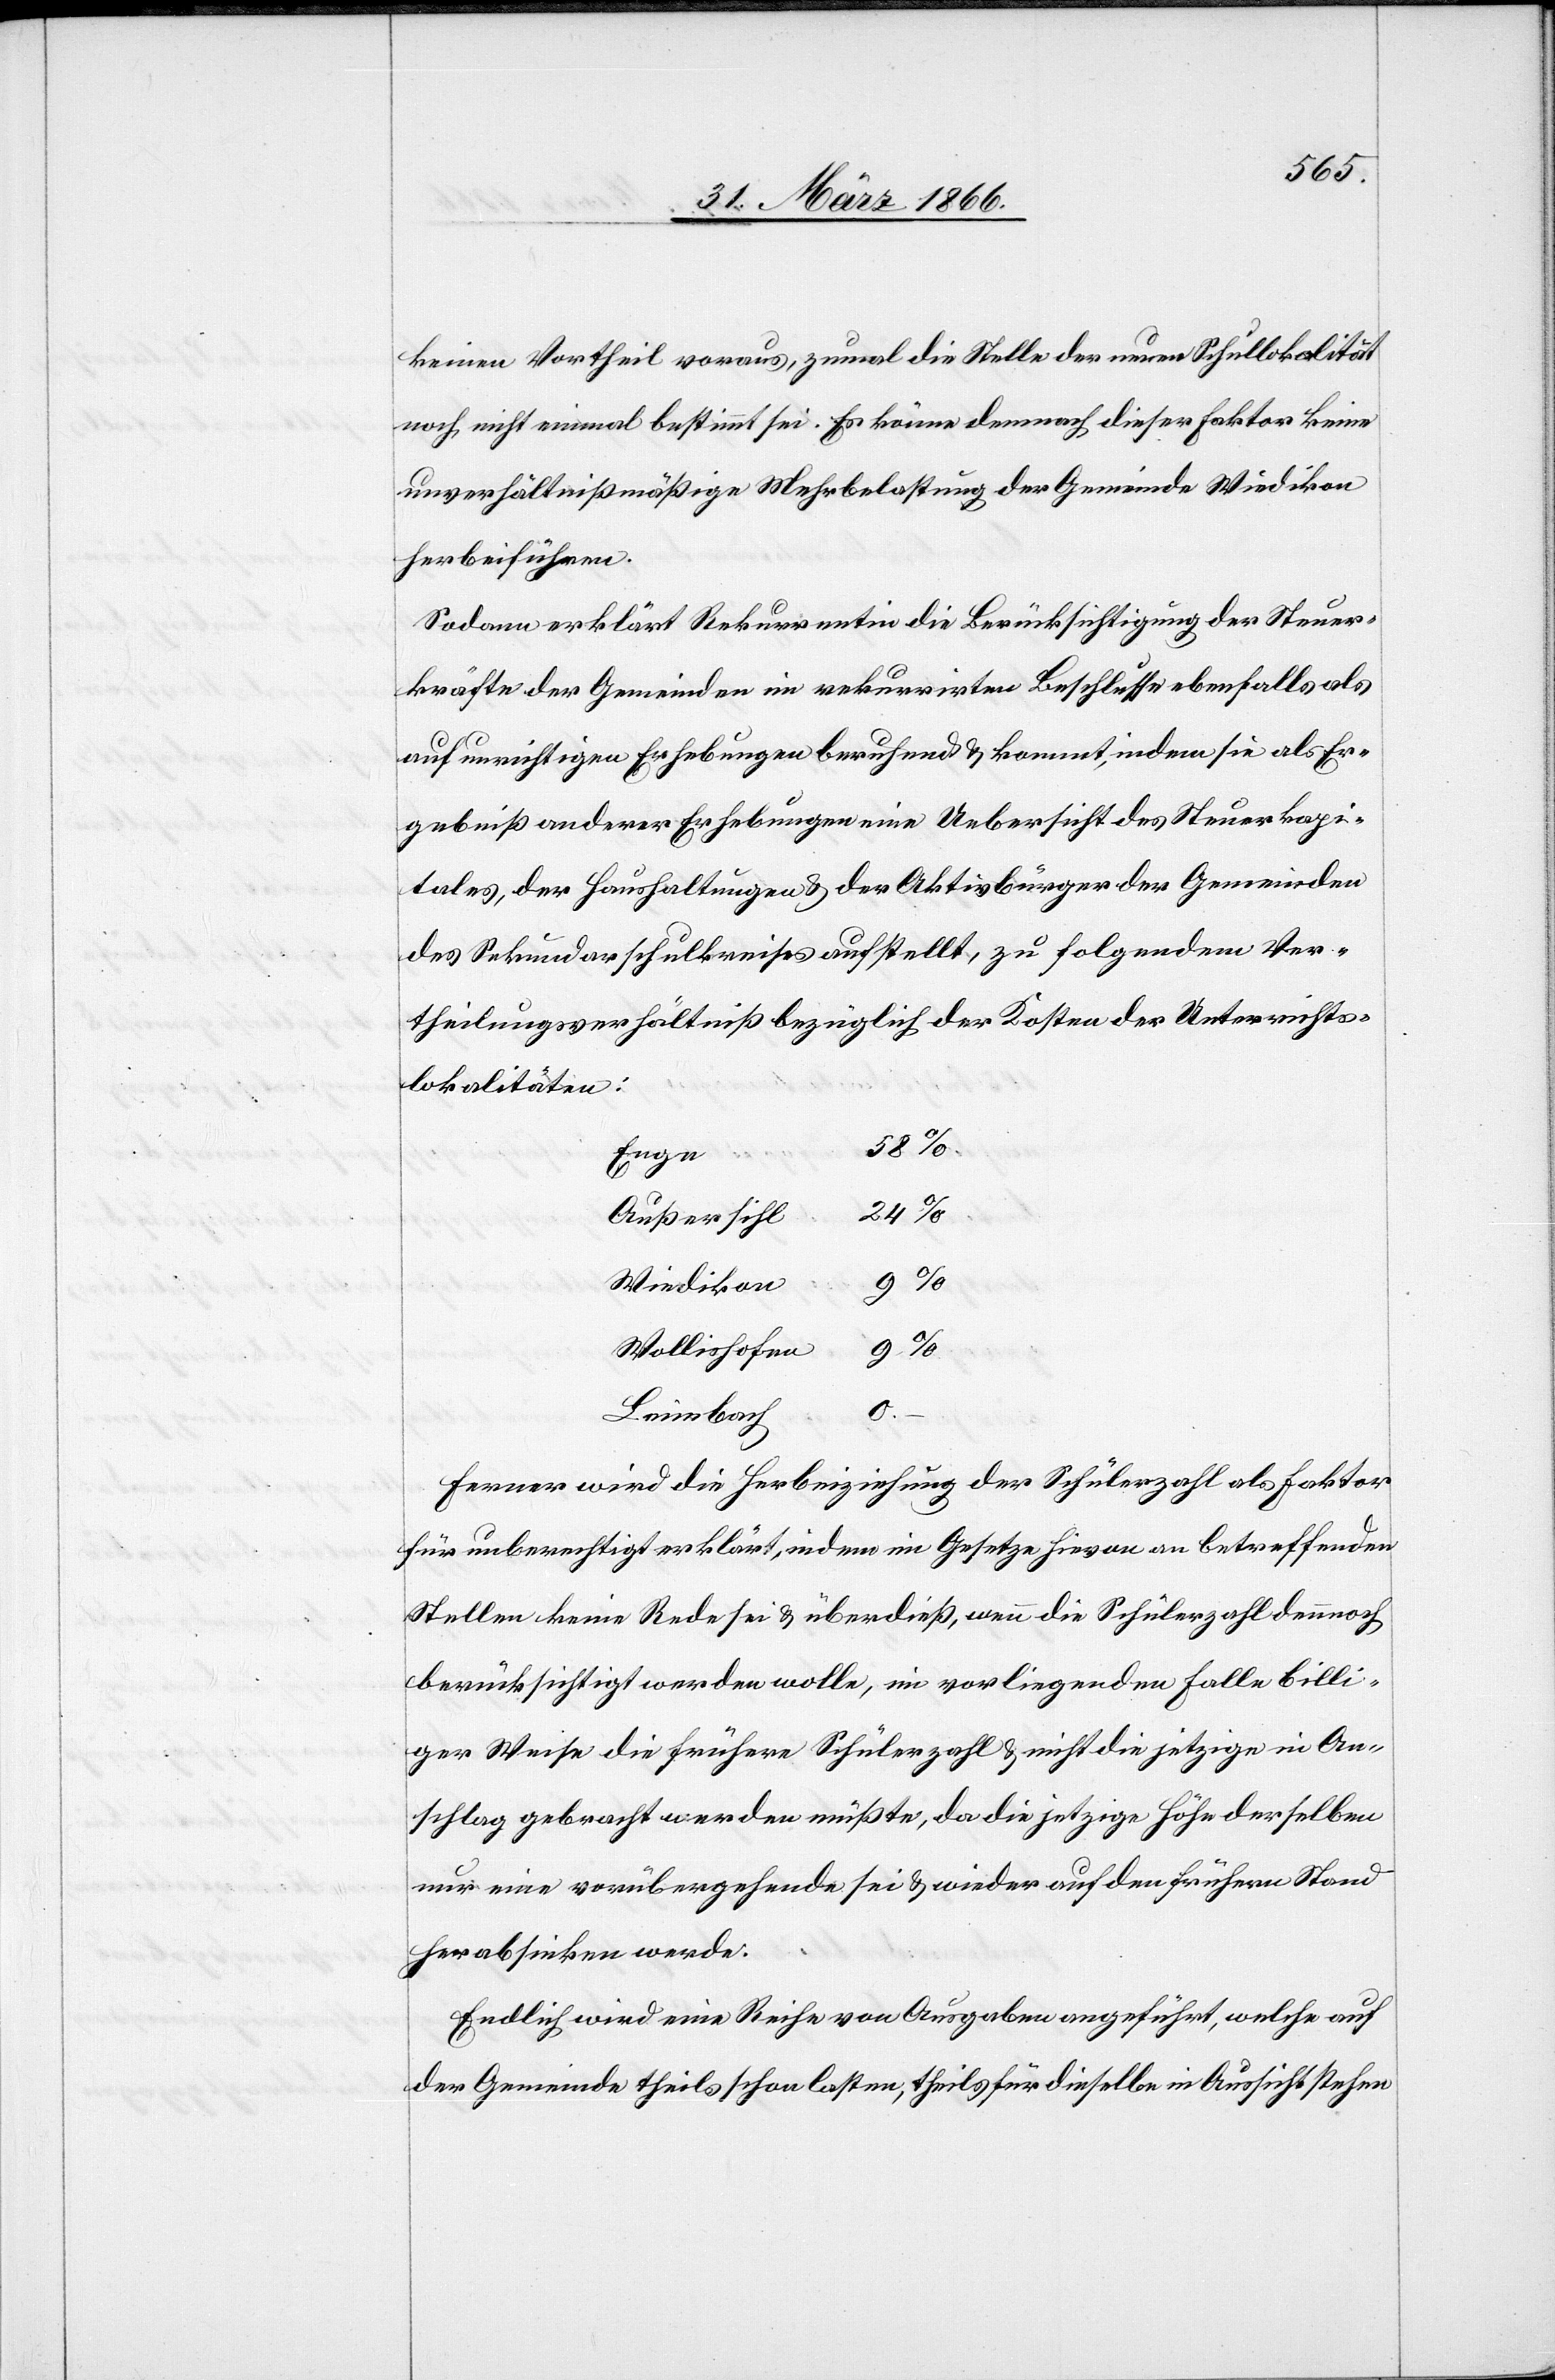
keinen Vortheil voraus, zumal die Stelle der neuen Schullokalität
noch nicht einmal bestimmt sei. Es könne demnach dieser Faktor keine
unverhältnißmäßige Mehrbelastung der Gemeinde Wiedikon
herbeiführen.
Sodann erklärt Rekurrentin die Berücksichtigung der Steuer¬
kräfte der Gemeinden im rekurrirten Beschlusse ebenfalls als
auf unrichtigen Erhebungen beruhend u. kommt, indem sie als Er¬
gebniß anderer Erhebungen eine Uebersicht des Steuerkapi¬
tales, der Haushaltungen u. der Aktivbürger der Gemeinden
des Sekundarschulkreises aufstellt, zu folgendem Ver¬
theilungsverhältniß bezüglich der Kosten der Unterrichts¬
lokalitäten:
Enge
58
Außersihl
Wiedikon
9 %
Wollishofen
9
Leimbach
Ferner wird die Herbeiziehung der Schülerzahl als Faktor
für unberechtigt erklärt, indem im Gesetze hievon an betreffenden
Stellen keine Rede sei u. überdieß, wenn die Schülerzahl dennoch
berücksichtigt werden wolle, im vorliegenden Falle billi¬
ger Weise die frühere Schülerzahl u. nicht die jetzige in An¬
schlag gebracht werden müßte, die die jetzige Höhe derselben
nur eine vorübergehende sei u. wieder auf den frühern Stand
herabsinken werde.
Endlich wird eine Reihe von Ausgaben angeführt, welche auf
der Gemeinde theils schon lasten, theils für dieselbe in Aussicht stehen